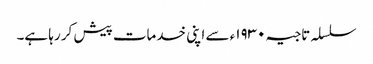
سلسلہ تاجیہ ١٩٣٠ء سے اپنی خدمات پیش کر رہا ہے۔